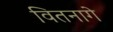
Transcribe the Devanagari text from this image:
वितनागे